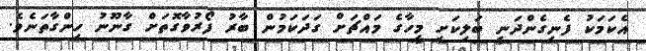
އެކަމަކު ފެނިގެންދަނީ ބަލިކަށި މީހާގެ މައްޗަށް ގަދަކަމުން ބާރު ފޯރުވާގޮތަށް ގާނޫނު ހިންގާތަނެވެ.